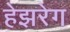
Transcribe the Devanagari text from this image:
हेझरेग